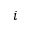
i